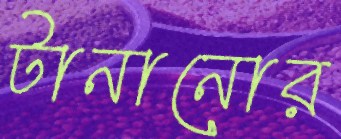
টানানোর